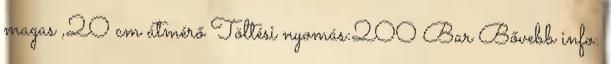
magas ,20 cm átmérő Töltési nyomás:200 Bar Bővebb info: